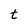
Character: t